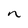
Character: n